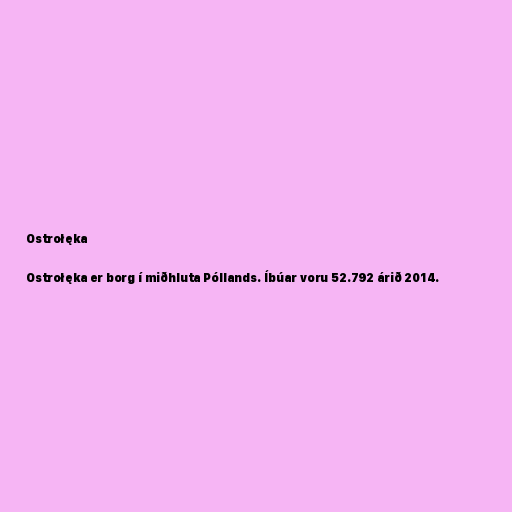
Ostrołęka

Ostrołęka er borg í miðhluta Póllands. Íbúar voru 52.792 árið 2014.